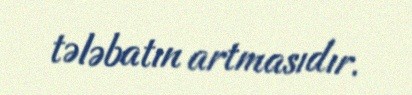
tələbatın artmasıdır.